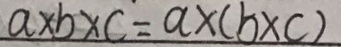
a \times b \times c = a \times ( b \times c )